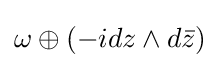
\omega \oplus (-idz\wedge d{\bar {z}})